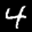
Label: 4